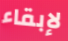
لإبقاء